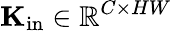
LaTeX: \mathbf{K}_{\mathrm{in}}\in\mathbb{R}^{C\times HW}